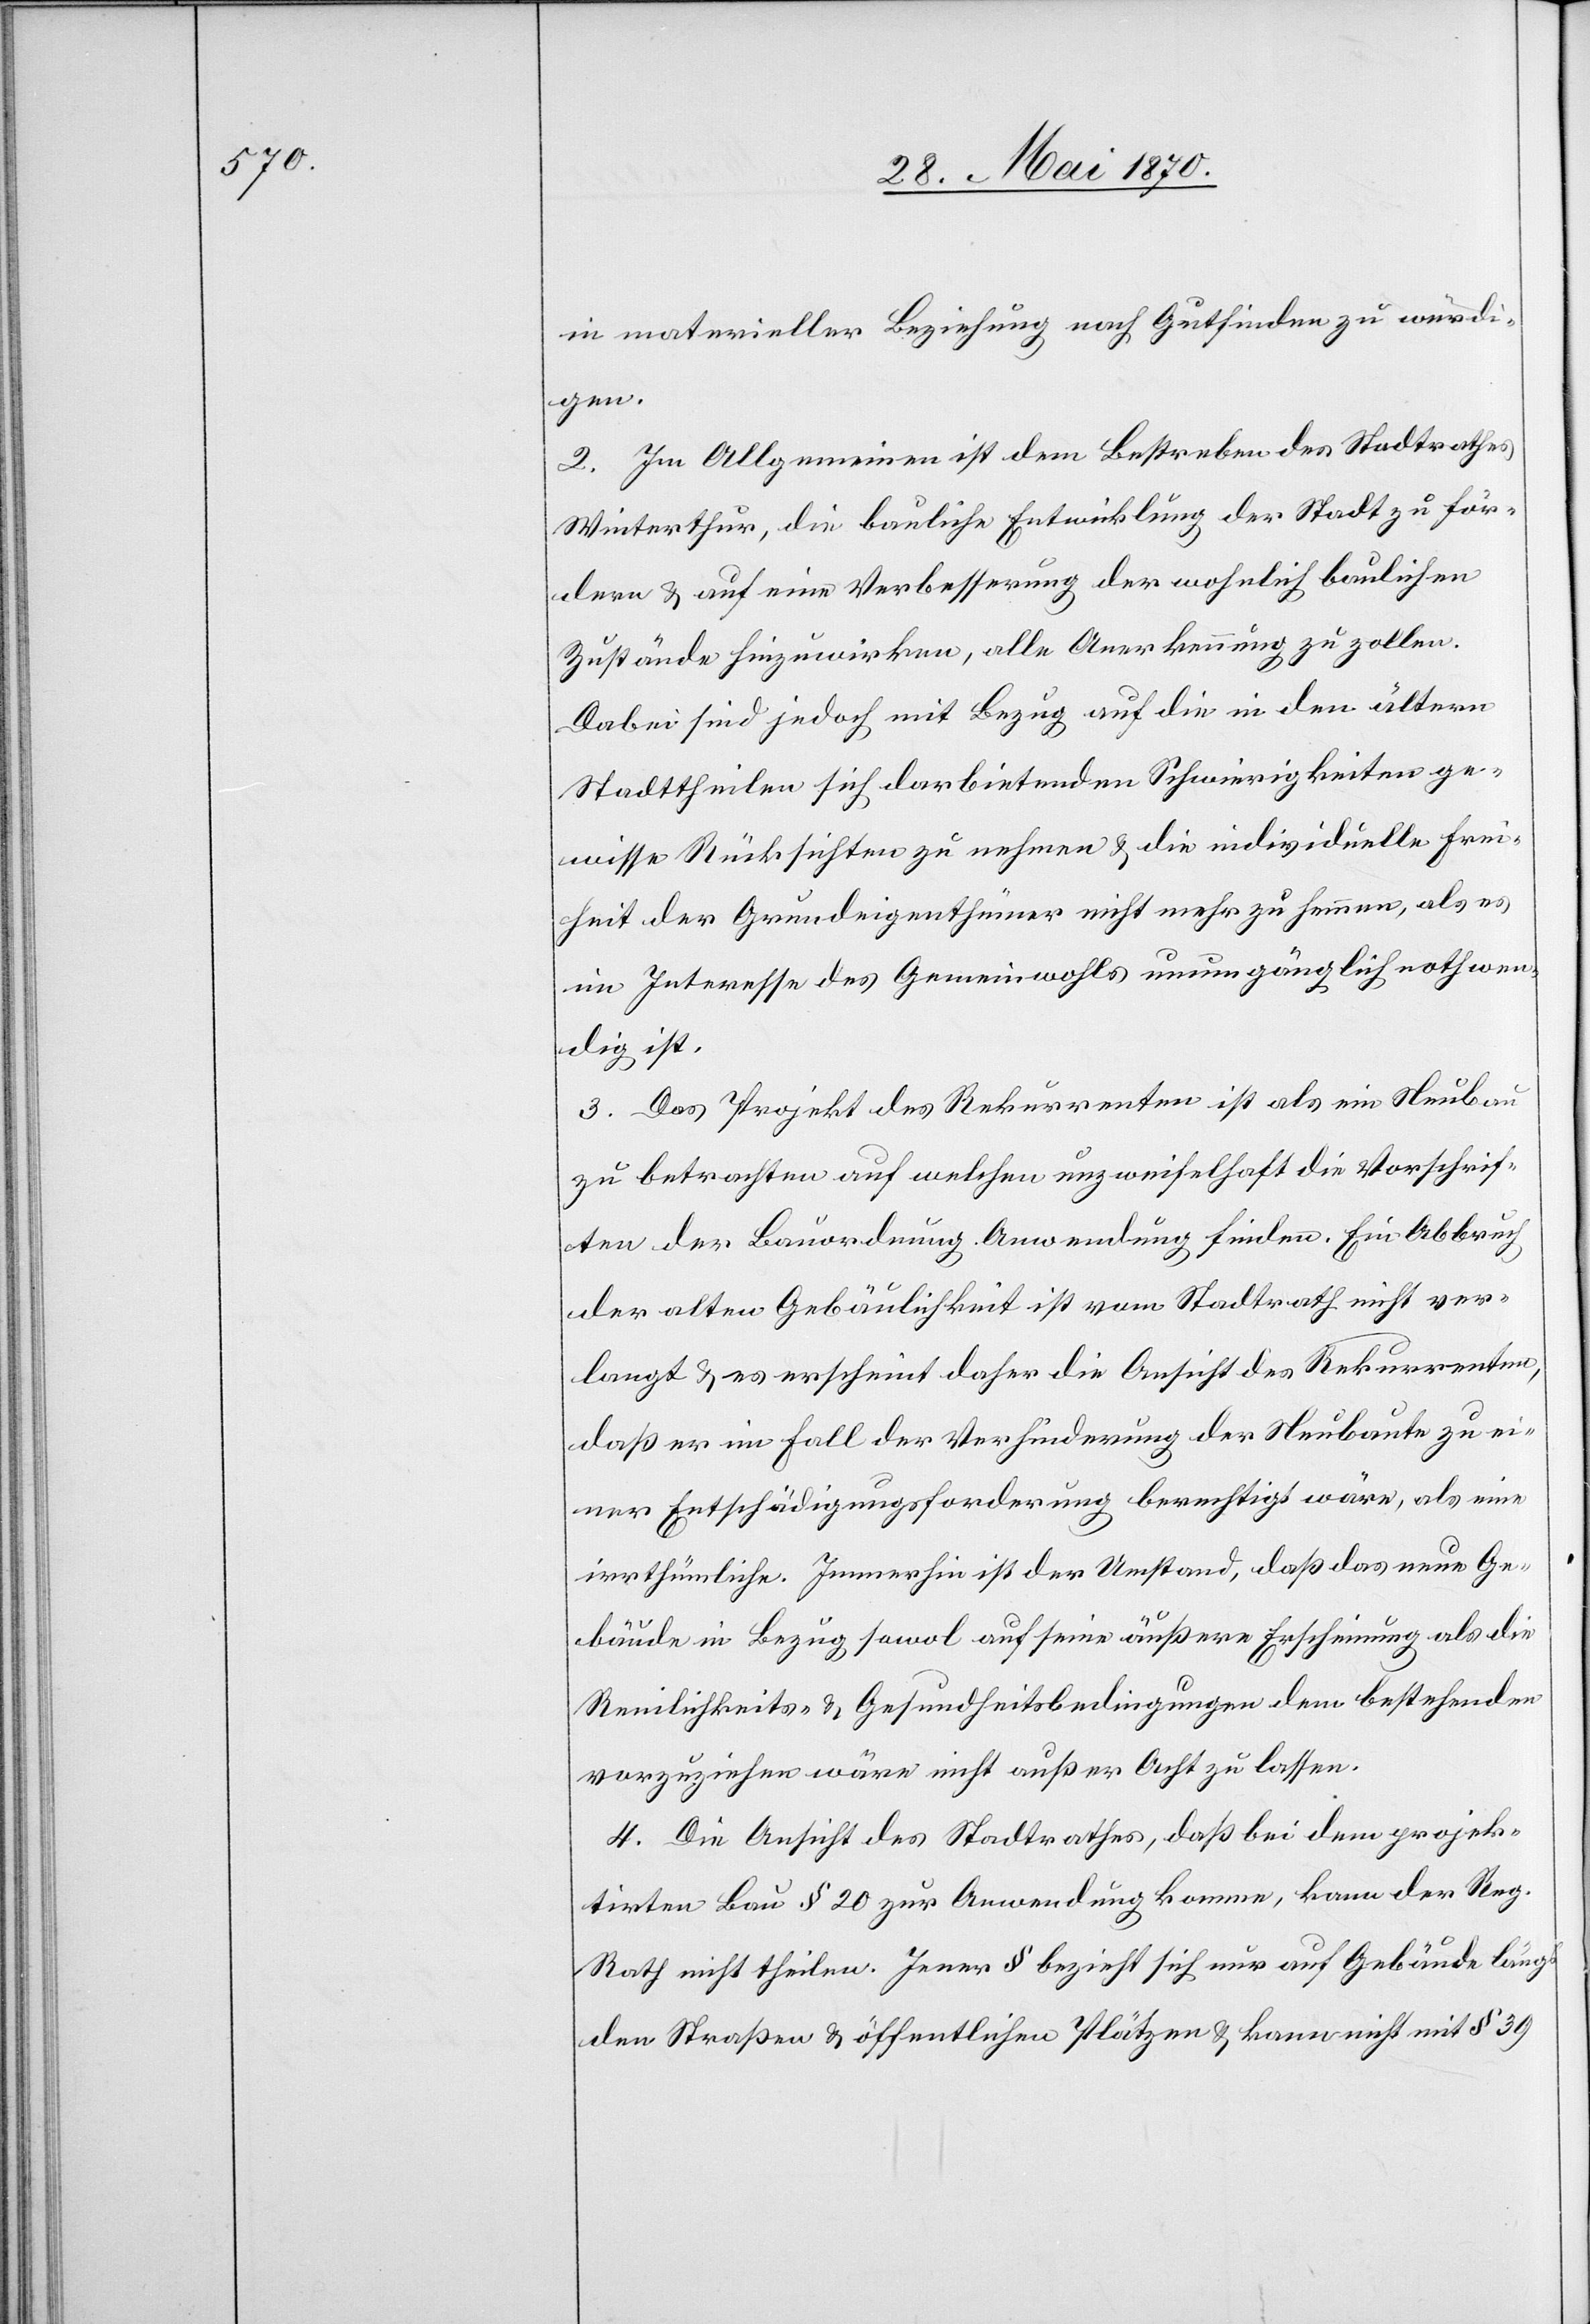
in materieller Beziehung nach Gutfinden zu würdi¬
gen.
2. Im Allgemeinen ist dem Bestreben des Stadtrathes
Winterthur, die bauliche Entwicklung der Stadt zu för¬
dern & auf eine Verbesserung der wohnlich baulichen
Zustände hinzuwirken, alle Anerkennung zu zollen.
Dabei sind jedoch mit Bezug auf die in den ältern
Stadttheilen sich darbietenden Schwierigkeiten ge¬
wisse Rücksichten zu nehmen & die individuelle Frei¬
heit der Grundeigenthümer nicht mehr zu hemmen, als es
im Interesse des Gemeinwohles unumgänglich nothwen¬
dig ist.
3. Das Projekt des Rekurrenten ist als ein Neubau
zu betrachten auf welchen unzweifelhaft die Vorschrif¬
ten der Bauordnung Anwendung finden. Ein Abbruch
der alten Gebäulichkeit ist vom Stadtrath nicht ver¬
langt & es erscheint daher die Ansicht des Rekurrenten,
daß er im Fall der Verhinderung der Neubaute zu ei¬
ner Entschädigungsforderung berechtigt wäre, als eine
irrthümliche. Immerhin ist der Umstand, daß das neue Ge¬
bäude in Bezug sowol auf seine äußere Erscheinung als die
Reinlichkeits- & Gesundheitsbedingungen dem bestehenden
vorzuziehen wäre nicht außer Acht zu lassen.
4. Die Ansicht des Stadtrathes, daß bei dem projek¬
tirten Bau § 20 zur Anwendung komme, kann der Reg.
Rath nicht theilen. Jener § bezieht sich nur auf Gebäude längs
den Straßen & öffentlichen Plätzen & kann nicht mit § 39